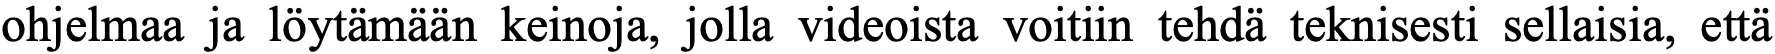
ohjelmaa ja löytämään keinoja, jolla videoista voitiin tehdä teknisesti sellaisia, että